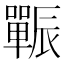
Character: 辴